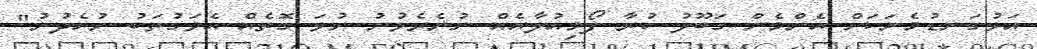
އަޅުގަނޑުމެނަކަށް އެންމެން ގަބޫލު ކުރާ ފޯމިއުލާއެއް ނުނެރެވުނު ނުވަ ގޮތެއް އެވަގުތަކު ނުހެދުނު"